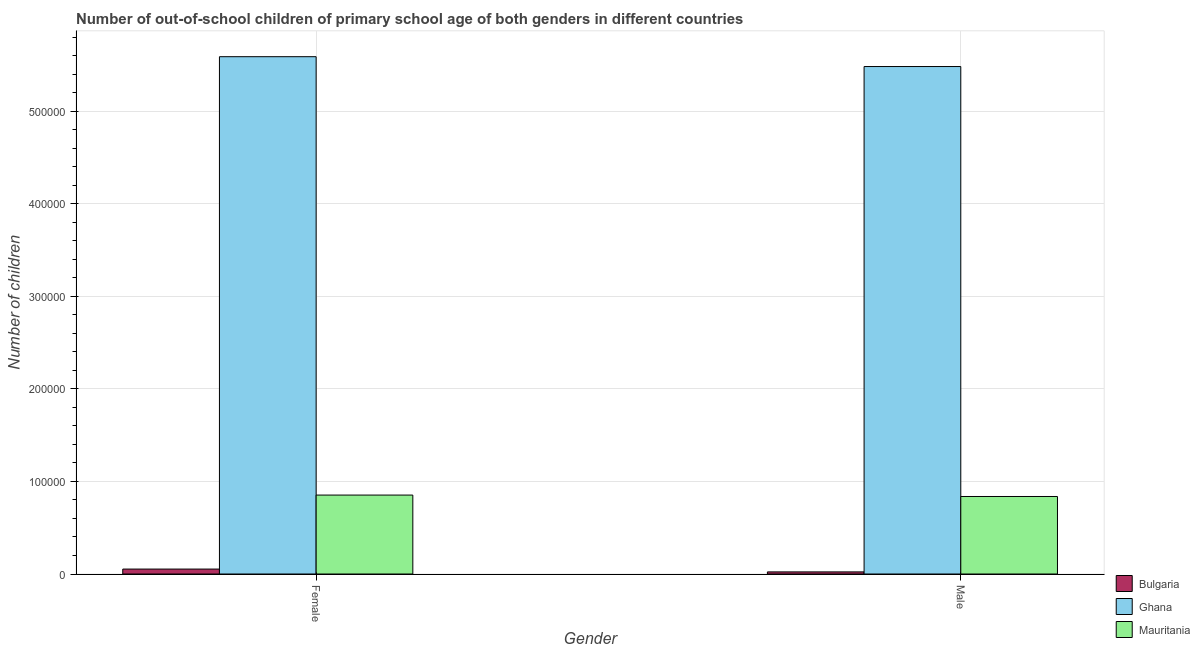
| Gender | Bulgaria | Ghana | Mauritania |
 | --- | --- | --- | --- |
 | Female | 5.33e+03 | 5.59e+05 | 8.53e+04 |
 | Male | 2.28e+03 | 5.48e+05 | 8.38e+04 |